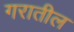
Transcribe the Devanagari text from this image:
गरातील